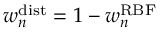
w _ { n } ^ { \mathrm { d i s t } } = 1 - w _ { n } ^ { \mathrm { R B F } }